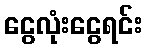
ငွေလုံးငွေရင်း